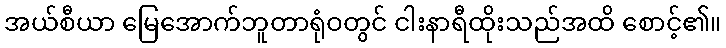
အယ်စီယာ မြေအောက်ဘူတာရုံဝတွင် ငါးနာရီထိုးသည်အထိ စောင့်၏။